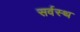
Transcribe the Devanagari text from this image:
सर्वस्थ